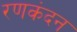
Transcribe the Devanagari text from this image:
रणकंदन